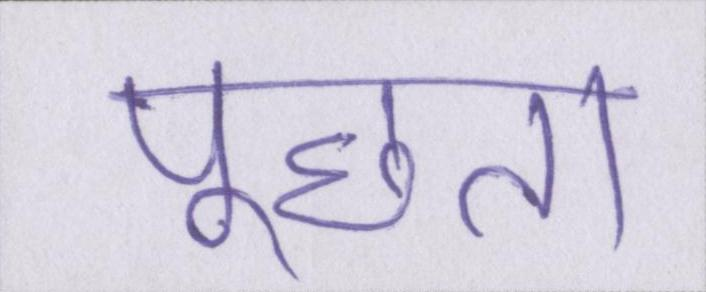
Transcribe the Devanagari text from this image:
पूछता